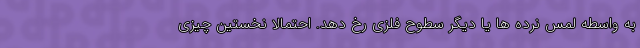
به واسطه لمس نرده ها یا دیگر سطوح فلزی رخ دهد. احتمالا نخستین چیزی